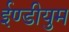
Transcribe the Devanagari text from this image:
ईण्डीयुम